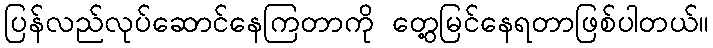
ပြန်လည်လုပ်ဆောင်နေကြတာကို တွေ့မြင်နေရတာဖြစ်ပါတယ်။